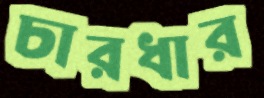
চারধার